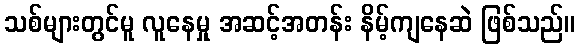
သစ်များတွင်မူ လူနေမှု အဆင့်အတန်း နိမ့်ကျနေဆဲ ဖြစ်သည်။